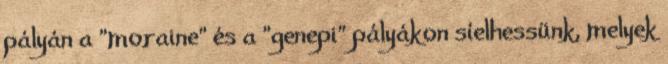
pályán a "moraine" és a "genepi" pályákon síelhessünk, melyek